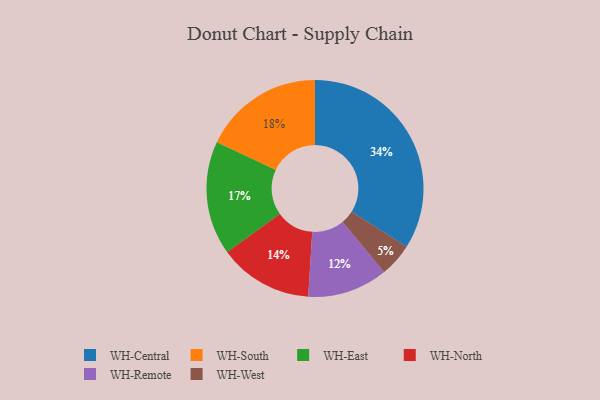
{"axis": {"x": "Category", "y": "Percentage"}, "legend": ["WH-Central", "WH-East", "WH-North", "WH-Remote", "WH-South", "WH-West"], "data": [{"x": "WH-Central", "y": 34, "type": "WH-Central"}, {"x": "WH-South", "y": 18, "type": "WH-South"}, {"x": "WH-Remote", "y": 12, "type": "WH-Remote"}, {"x": "WH-East", "y": 17, "type": "WH-East"}, {"x": "WH-West", "y": 5, "type": "WH-West"}, {"x": "WH-North", "y": 14, "type": "WH-North"}]}